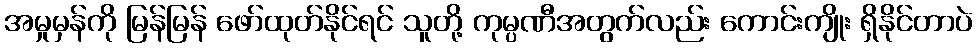
အမှုမှန်ကို မြန်မြန် ဖော်ထုတ်နိုင်ရင် သူတို့ ကုမ္ပဏီအတွက်လည်း ကောင်းကျိုး ရှိနိုင်တာပဲ